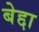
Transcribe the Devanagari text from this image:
बेद्दा